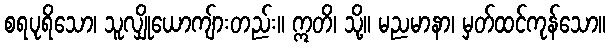
စရပုရိသော၊ သူလျှိုယောကျ်ားတည်း။ ဣတိ၊ သို့။ မညမာနာ၊ မှတ်ထင်ကုန်သော။